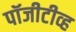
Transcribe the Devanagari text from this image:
पॉजीटीव्ह